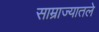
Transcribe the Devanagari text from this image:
साम्राज्यातले